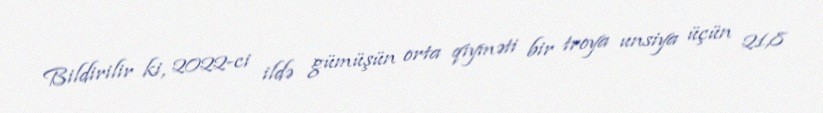
Bildirilir ki, 2022-ci ildə gümüşün orta qiyməti bir troya unsiya üçün 21,8